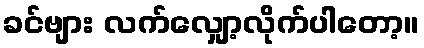
ခင်ဗျား လက်လျှော့လိုက်ပါတော့။